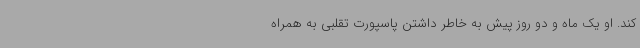
کند. او یک ماه و دو روز پیش به خاطر داشتن پاسپورت تقلبی به همراه